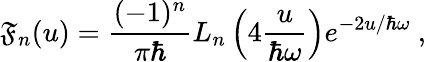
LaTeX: \mathfrak{F}_{n}(u)={\frac{{(-1)^{n}}}{{\pi\hbar}}}L_{n}\left(4{\frac{{u}}{{\hbar\omega}}}\right)e^{-2u/\hbar\omega}~,